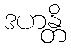
ဒဟန္တိ